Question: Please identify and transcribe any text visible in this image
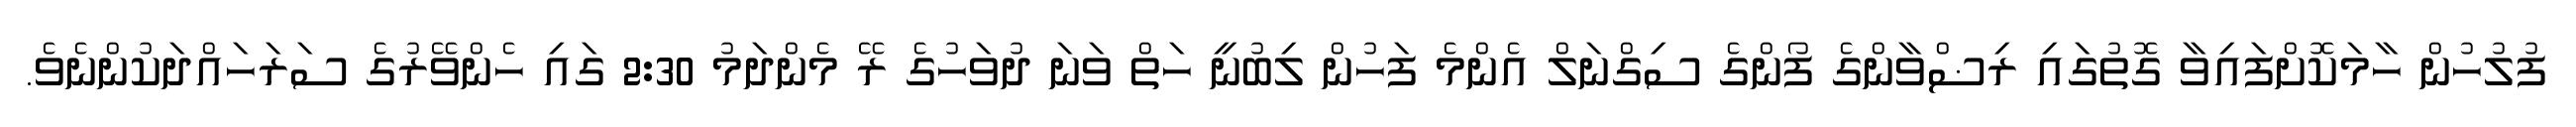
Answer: ފުލުހުން ހާމަކޮށްފައިވާ ގޮތުގައި ރިޟްވާންގެ ފޯންގެ ސިގްނަލް އެންމެ ފަހުން ލިބުނީ ހަތް ވަނަ ދުވަހުގެ ރޭ މެންދަމު 2:30 ގައި ހެންވޭރުގެ ސަރަހައްދަކުންނެވެ.